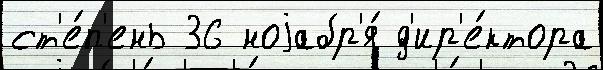
ст'е́п'ень 36 ноjабр'я́ д'ир'е́ктора